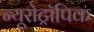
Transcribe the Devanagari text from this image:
न्यूरोट्रॉपिक